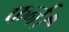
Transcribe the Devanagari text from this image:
फर्न।